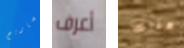
تصاريح أعرف هناك